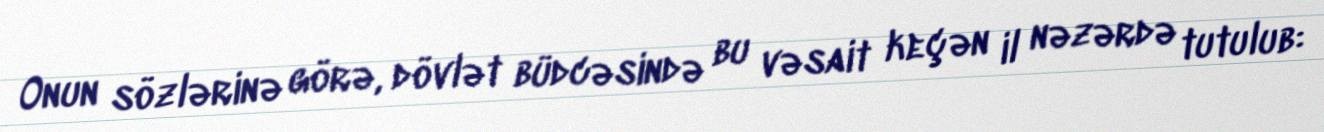
Onun sözlərinə görə, dövlət büdcəsində bu vəsait keçən il nəzərdə tutulub: